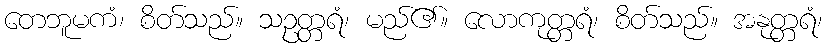
တေဘူမကံ၊ စိတ်သည်။ သဥတ္တရံ၊ မည်၏။ လောကုတ္တရံ၊ စိတ်သည်။ အနုတ္တရံ၊